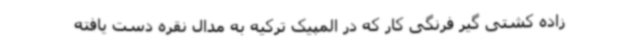
زاده کشتی گیر فرنگی کار که در المپیک ترکیه به مدال نقره دست یافته